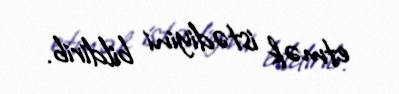
etmək istədiyini bildirib.